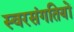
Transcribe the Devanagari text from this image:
स्वरसंगतियों